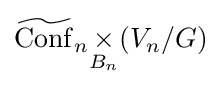
{\widetilde {\operatorname {Conf} }}_{n}{\underset {B_{n}}{\times }}(V_{n}/G)